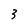
Character: 3